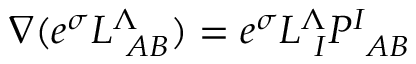
\nabla ( e ^ { \sigma } L _ { \ A B } ^ { \Lambda } ) = e ^ { \sigma } L _ { \ I } ^ { \Lambda } P _ { \ A B } ^ { I }